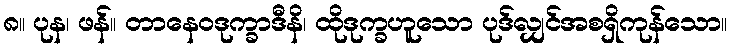
၈။ ပုန၊ ဖန်။ တာနေဝဒုက္ခာဒီနိ၊ ထိုဒုက္ခဟူသော ပုဒ်လျှင်အစရှိကုန်သော။